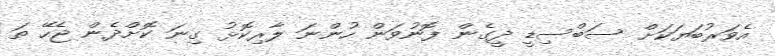
އެވަރުބަޔަކަށް ސަބްސިޑީ ދީގެން ފޮނުވަން ހުންނަ ލާރިކޮޅު ގިނަ ކޮށްދެން ޖެހޭ ތަ